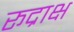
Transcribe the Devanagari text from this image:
रूद्राक्ष